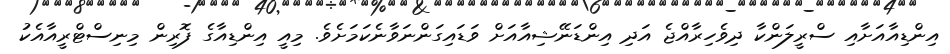
އިންޑިއާއަށާއި ސްރީލަންކާ ދިވެހިރާއްޖެ އަދި އިންޑަނޭޝިއާއަށް ވަޑައިގަންނަވާނެކަމަށެވެ. މިއީ އިންޑިއާގެ ފޮރިން މިނިސްޓްރީއާއެކު